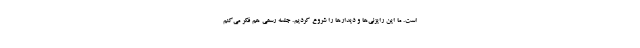
است. ما این رایزنی‌ها و دیدارها را شروع کردیم. جلسه رسمی هم فکر می‌کنم